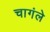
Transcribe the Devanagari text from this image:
चागंले